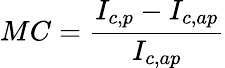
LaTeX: MC={\frac{I_{c,p}-I_{c,ap}}{I_{c,ap}}}